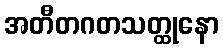
အတီတဂတသတ္ထုနော